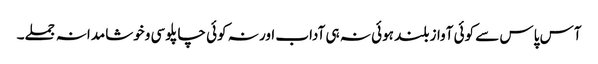
آس پاس سے کوئی آواز بلند ہوئی نہ ہی آداب اور نہ کوئی چاپلوسی وخوشامدانہ جملے۔